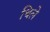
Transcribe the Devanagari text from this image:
थिले